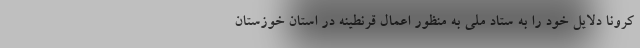
کرونا دلایل خود را به ستاد ملی به منظور اعمال قرنطینه در استان خوزستان